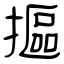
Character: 摳